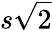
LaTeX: s\sqrt{2}